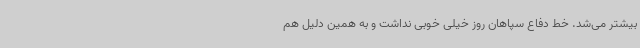
بیشتر می‌شد. خط دفاع سپاهان روز خیلی خوبی نداشت و به همین دلیل هم